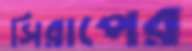
সিরাপের